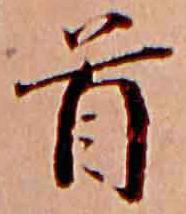
首